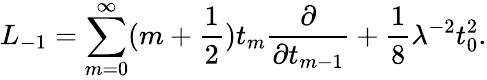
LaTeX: L_{-1}=\sum_{m=0}^{\infty}(m+\frac{1}{2})t_{m}\frac{\partial}{\partial t_{m-1}}+\frac{1}{8}\lambda^{-2}t_{0}^{2}.